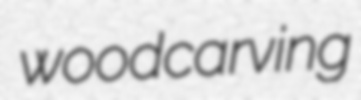
woodcarving